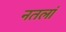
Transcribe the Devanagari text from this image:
नतलां